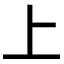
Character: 上